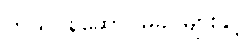
ကိုယ်ဝန်ဆောင်မိခင်များနှင့်